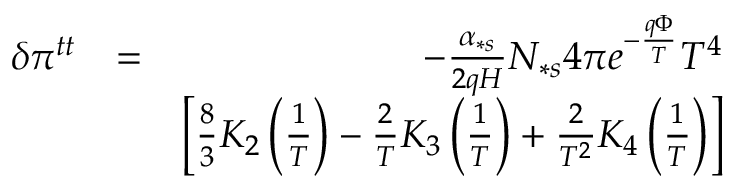
\begin{array} { r l r } { \delta \pi ^ { t t } } & { = } & { - \frac { \alpha _ { \ast s } } { 2 q H } N _ { \ast s } 4 \pi e ^ { - \frac { q \Phi } { T } } T ^ { 4 } } \\ & { } & { \left[ \frac { 8 } { 3 } K _ { 2 } \left( \frac { 1 } { T } \right) - \frac { 2 } { T } K _ { 3 } \left( \frac { 1 } { T } \right) + \frac { 2 } { T ^ { 2 } } K _ { 4 } \left( \frac { 1 } { T } \right) \right] } \end{array}